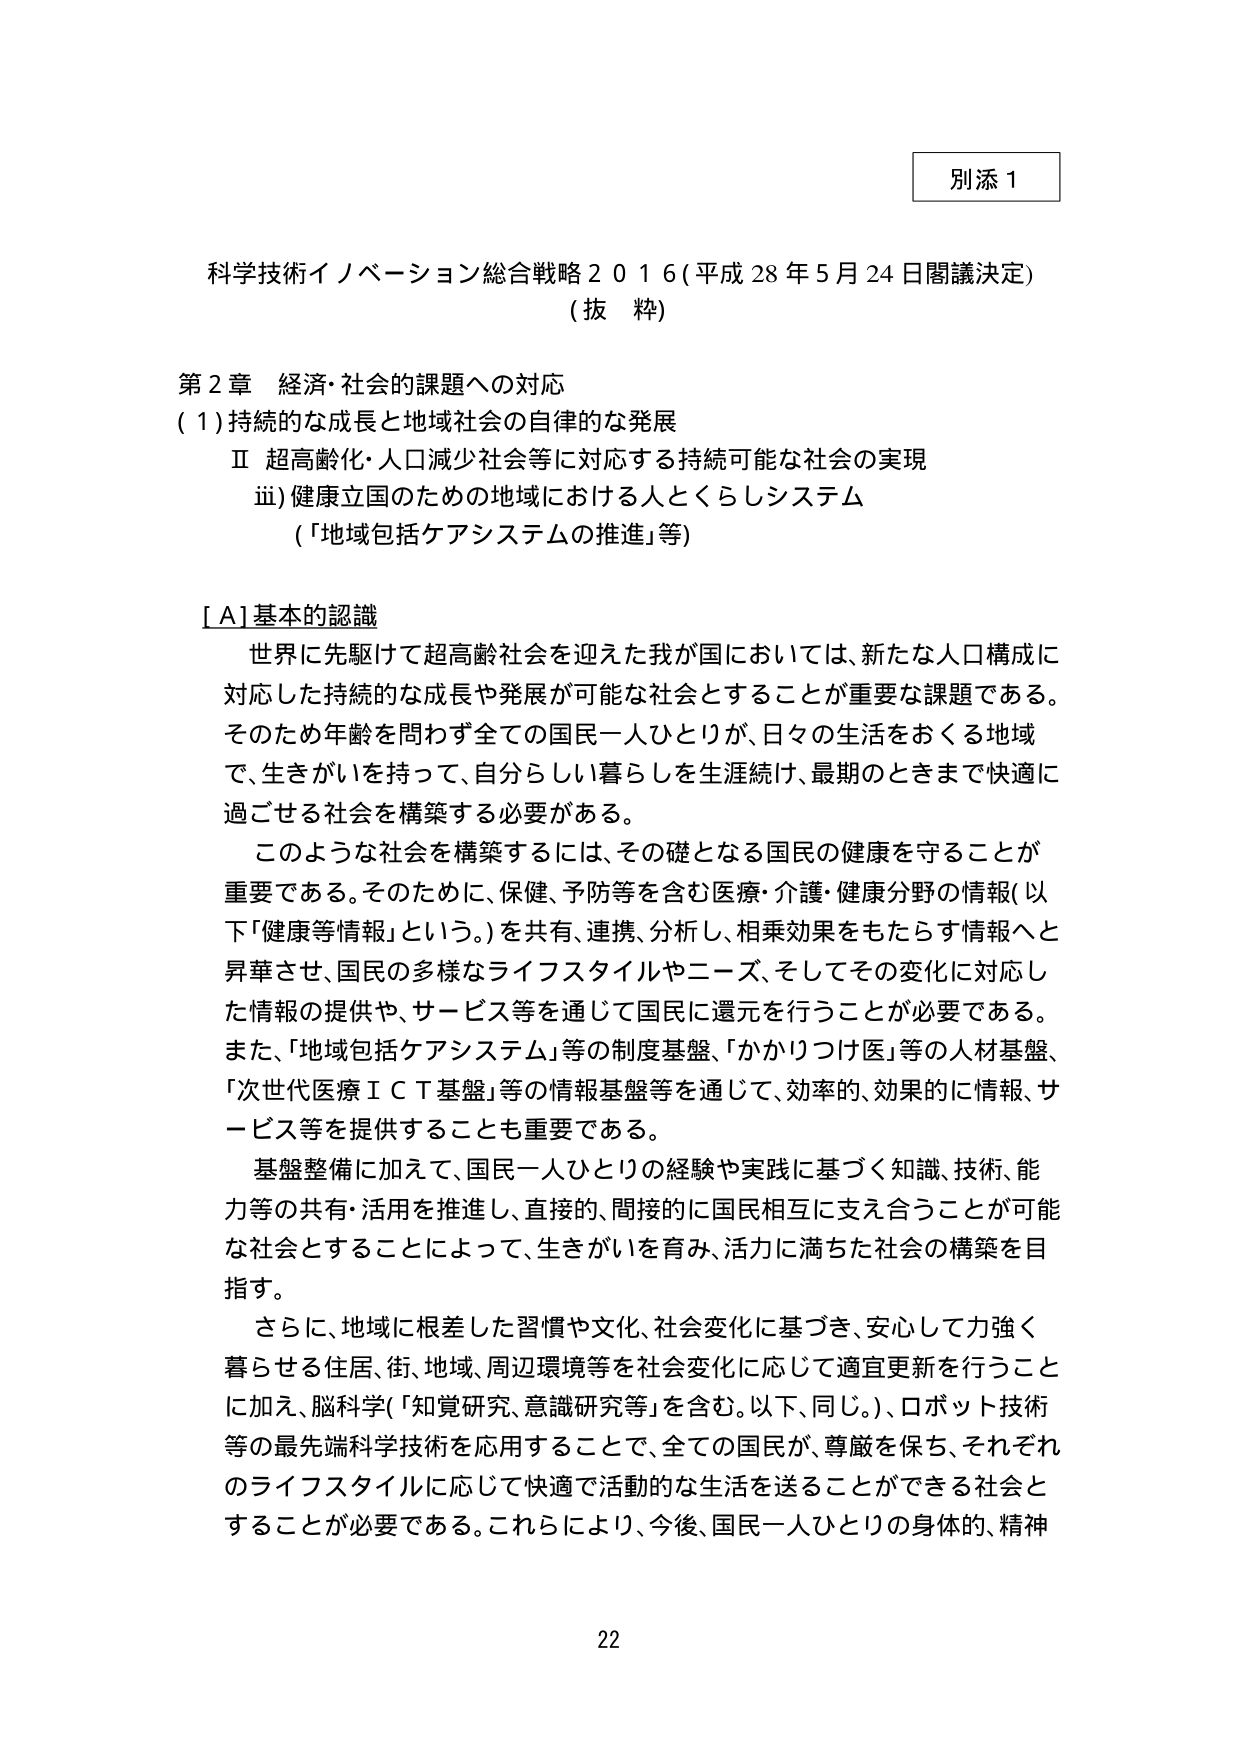
別添１

科学技術イノベーション総合戦略２０１６（平成２８年５月２４日閣議決定）
（抜粋）

第２章 経済・社会的課題への対応
（１）持続的な成長と地域社会の自律的な発展
　Ⅱ 超高齢化・人口減少社会等に対応する持続可能な社会の実現
　　ⅲ）健康立国のための地域における人とくらしシステム
　　　（「地域包括ケアシステムの推進」等）

［Ａ］基本的認識
　世界に先駆けて超高齢社会を迎えた我が国においては、新たな人口構成に対応した持続的な成長や発展が可能な社会とすることが重要な課題である。そのため年齢を問わず全ての国民一人ひとりが、日々の生活をおくる地域で、生きがいを持って、自分らしい暮らしを生涯続け、最期のときまで快適に過ごせる社会を構築する必要がある。
　このような社会を構築するには、その礎となる国民の健康を守ることが重要である。そのため、保健、予防等を含む医療・介護・健康分野の情報（以下「健康等情報」という。）を共有、連携、分析し、相乗効果をもたらす情報へと昇華させ、国民の多様なライフスタイルやニーズ、そしてその変化に対応した情報の提供や、サービス等を通じて国民に還元を行うことが必要である。また、「地域包括ケアシステム」等の制度基盤、「かかりつけ医」等の人材基盤、「次世代医療ＩＣＴ基盤」等の情報基盤等を通じて、効率的、効果的に情報、サービス等を提供することも重要である。
　基盤整備に加えて、国民一人ひとりの経験や実践に基づく知識、技術、能力等の共有・活用を推進し、直接的、間接的に国民相互に支え合うことが可能な社会とすることによって、生きがいを育み、活力に満ちた社会の構築を目指す。
　さらに、地域に根差した習慣や文化、社会変化に基づき、安心して力強く暮らせる住居、街、地域、周辺環境等を社会変化に応じて適宜更新を行うことに加え、脳科学（「知覚研究、意識研究等」を含む。以下、同じ。）、ロボット技術等の最先端科学技術を応用することで、全ての国民が、尊厳を保ち、それぞれのライフスタイルに応じて快適で活動的な生活を送ることができる社会とすることが必要である。これらにより、今後、国民一人ひとりの身体的、精神

22